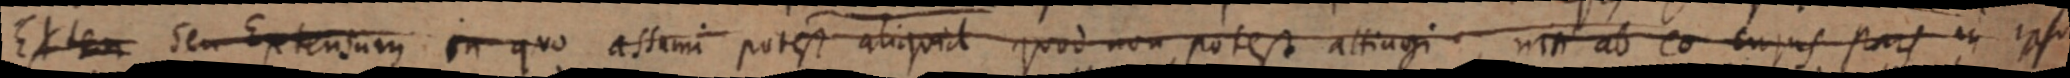
Exten seu Extensum in quo assumi potest aliquid quod non potest altiagi, nin ab eo cujus pars in ipso